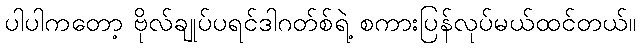
ပါပါကတော့ ဗိုလ်ချုပ်ပရင်ဒါဂတ်စ်ရဲ့ စကားပြန်လုပ်မယ်ထင်တယ်။